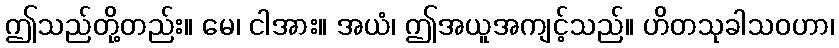
ဤသည်တို့တည်း။ မေ၊ ငါအား။ အယံ၊ ဤအယူအကျင့်သည်။ ဟိတသုခါသဝဟာ၊